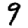
Digit: 9